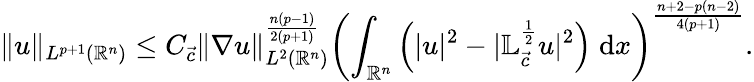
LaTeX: \| u\| _{L^{p+1}({\mathbb{R}^{n}})}\leq C_{{\vec{c}}}\| \nabla u\| _{L^{2}({\mathbb{R}^{n}})}^{\frac{n(p-1)}{2(p+1)}}\left(\int_{\mathbb{R}^{n}}\left(|u|^{2}-|\mathbb{L}_{\vec{c}}^{\frac 12}u|^{2}\right)\; \mathrm{d}x\right)^{\frac{n+2-p(n-2)}{4(p+1)}}.